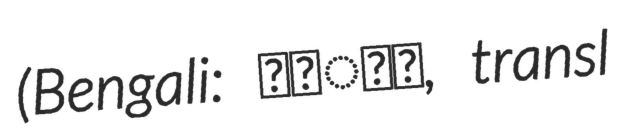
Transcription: (Bengali: কসাই, transl